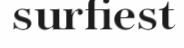
surfiest